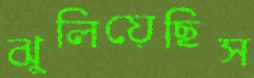
ঝুলিয়েছিস